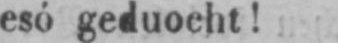
esó geduocht!